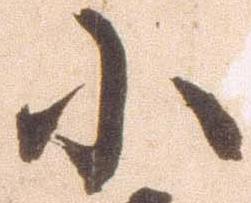
小